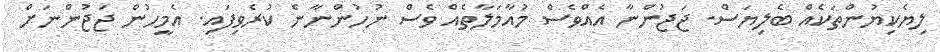
ލިޔެކިޔުންތަކެއް ބެލިޔަސް. ޖަޖުންނާ އެއްވެސް މުއާމަލާތެއް ވެސް ނުހުންނާނެ ކުރެވިފައި. އެމީހުން ޖަޖުންނަށް